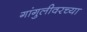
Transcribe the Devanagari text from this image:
गांगुलीवरच्या